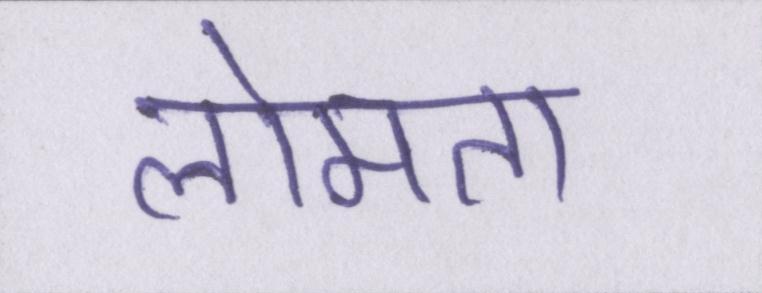
लोमता